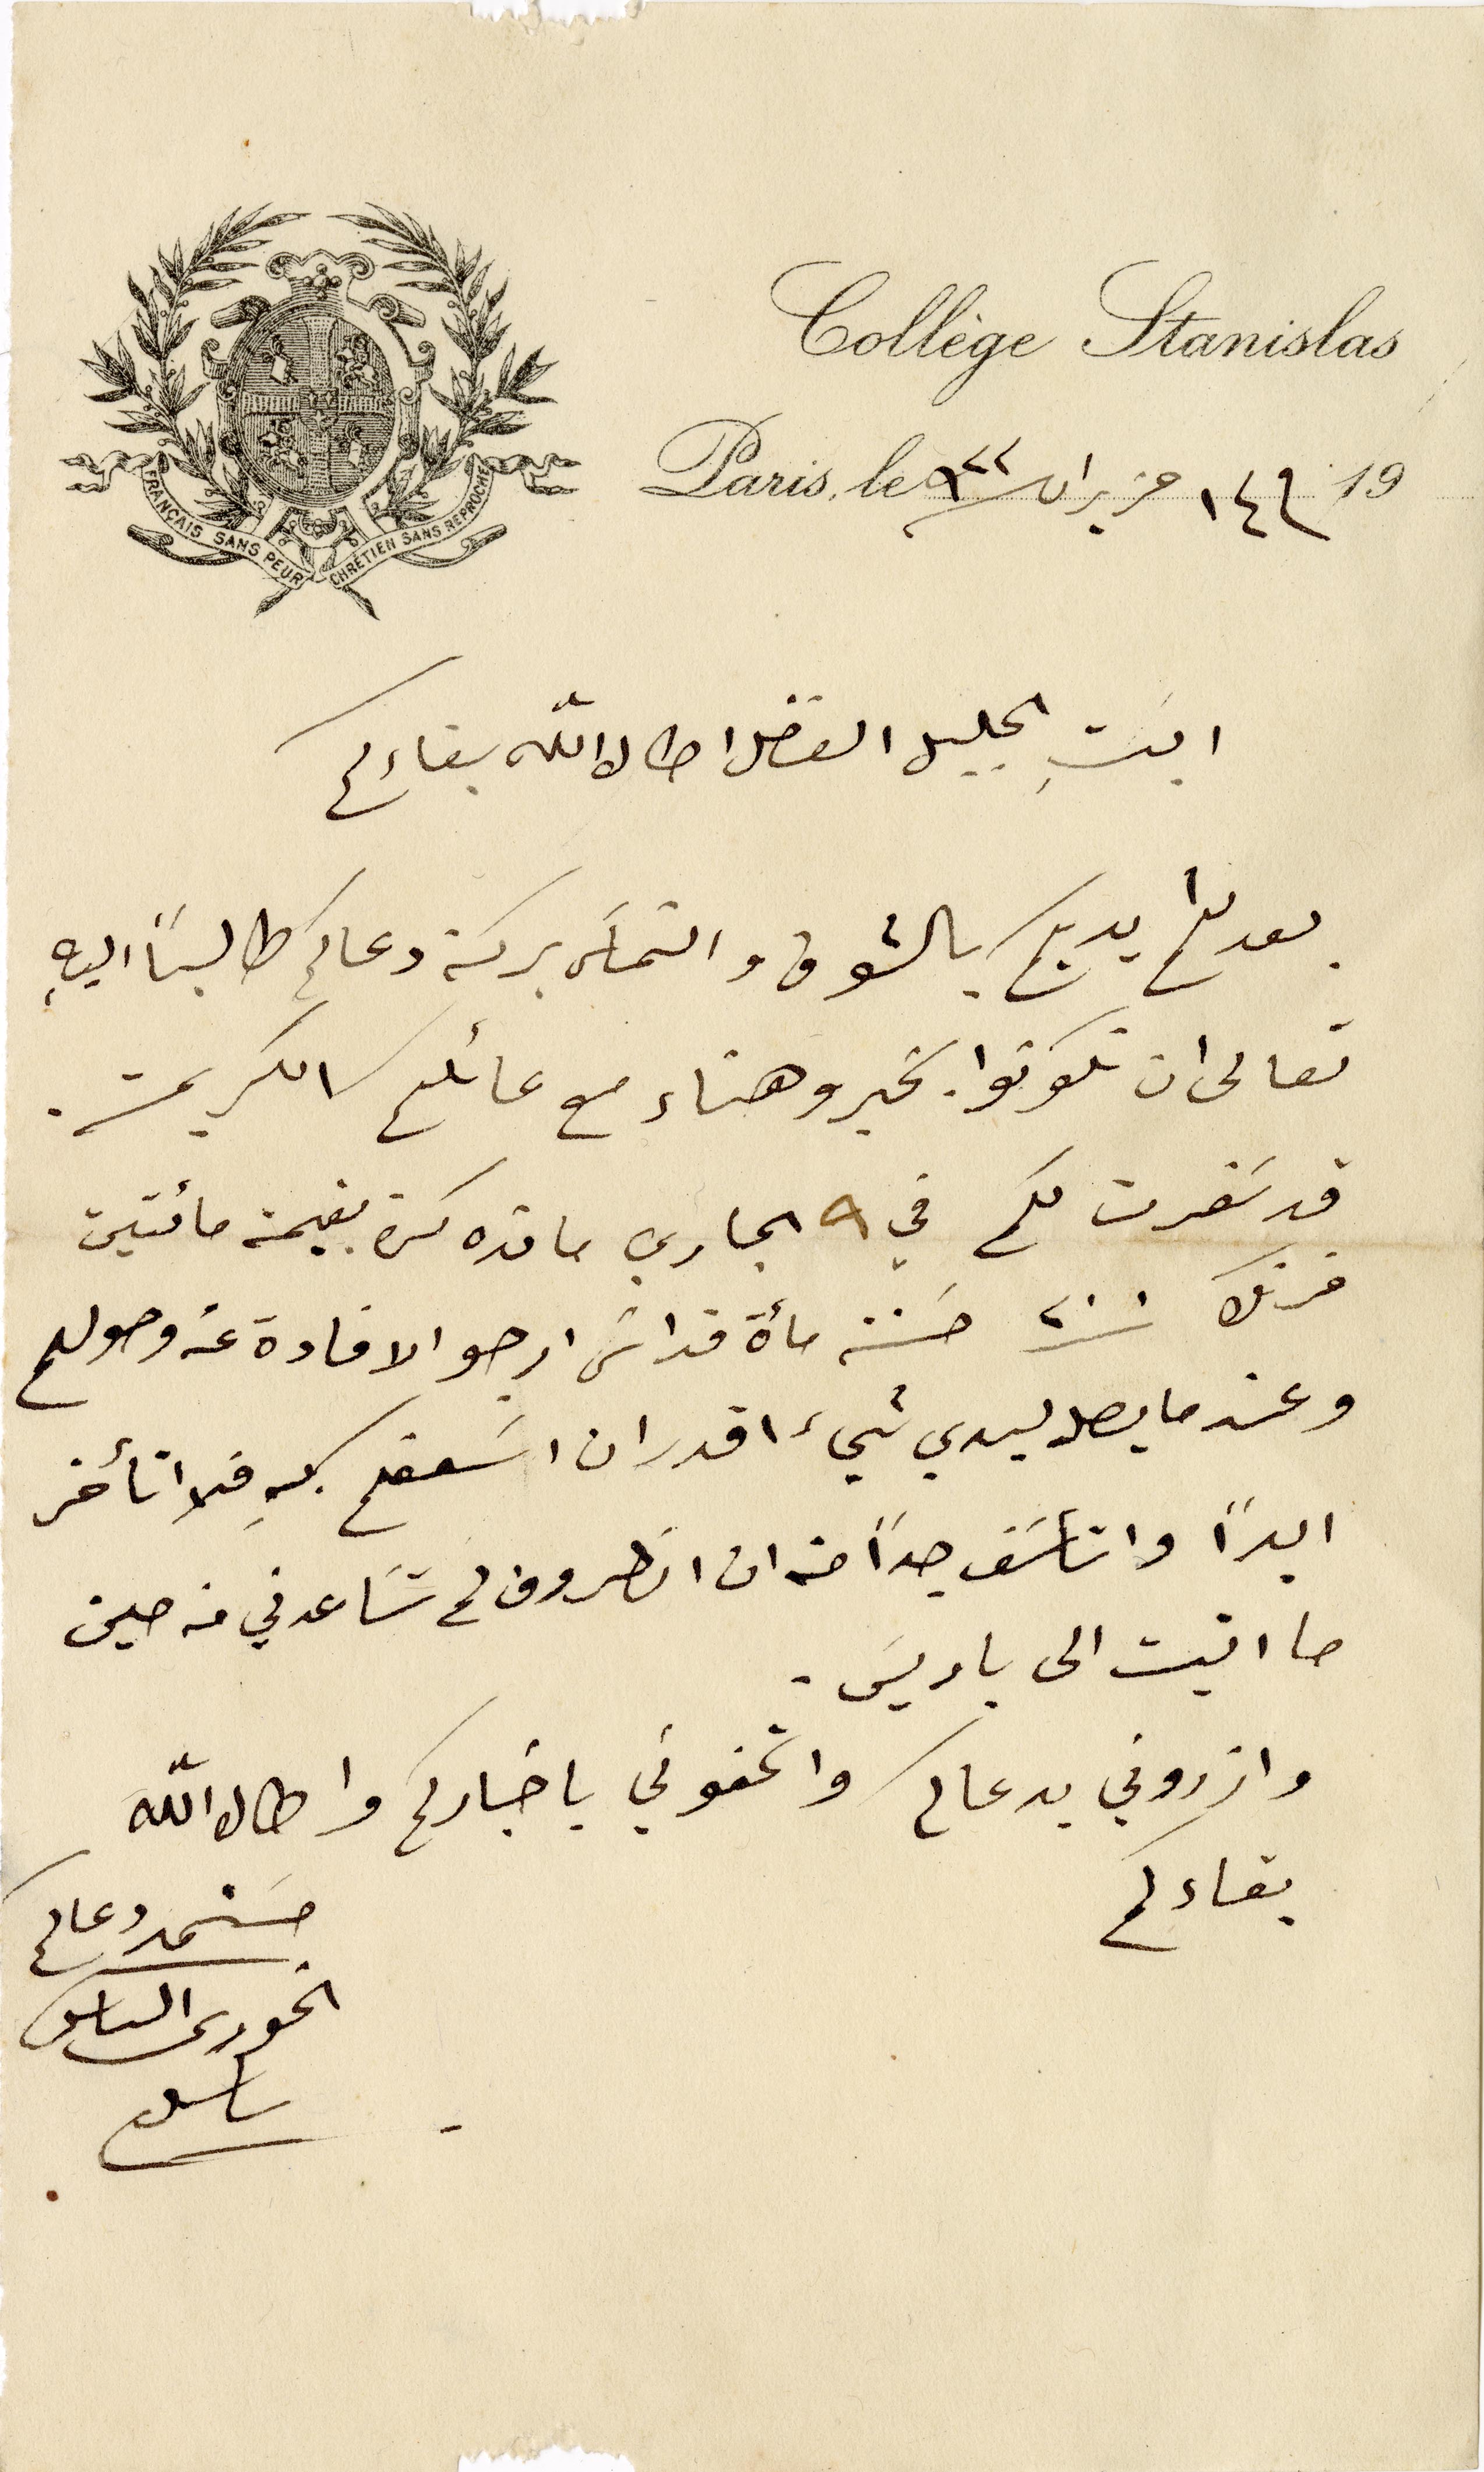
Collège Stanislas
Paris, le م ١٤ حزيران سنة ٩٢٢ ١٩
ابَتِ الجليل الفاضل اطال الله بقاءكم
بعد لثم ايديكم بالشوق والتماسَ بركة دعاكم طالباً اليه،
تعالى ان تكونوا بخير وهناء مع عائلتكم الكريمة.
قد سَفرت لكم في ٩ الجاري  ما قده كسرة بقيمة مائتين
فرنك ٢٠٠ حسنة مأة قداسَ ارجو الافادة عن وصولهم
وعندما يصل ليدي شيء اقدر ان اسعفكم بهِ فلا اتأخر
ابداً واتأسَف جداً من ان الظروف لم تسَاعدني من حين
ما اتيت الى باريس.
وازكروني بدعاكم واتحفوني باخباركم واطال لله
بقاءكم
مستمد دعاكم الخوري الياس ساسين